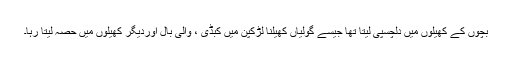
بچوں کے کھیلوں میں دلچسپی لیتا تھا جیسے گولیاں کھیلنا لڑکپن میں کبڈی ، والی بال اوردیگر کھیلوں میں حصہ لیتا رہا۔